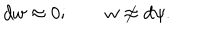
d w \approx 0 ; \quad \quad w \not \approx d \psi .